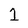
Character: 1